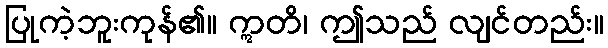
ပြုကဲ့ဘူးကုန်၏။ ဣတိ၊ ဤသည် လျင်တည်း။